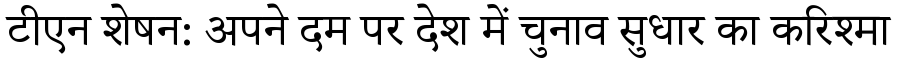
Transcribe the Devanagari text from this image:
टीएन शेषन: अपने दम पर देश में चुनाव सुधार का करिश्मा